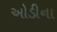
ઓડીના